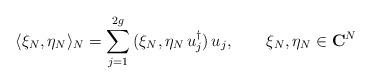
LaTeX: \begin{align*}\langle \xi_N,\eta_N\rangle_N=\sum_{j=1}^{2g}\, (\xi_N,\eta_N\,u_j^{\dagger})\,u_j, \qquad \xi_N,\eta_N\in {\bf C}^N \end{align*}